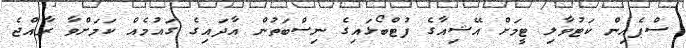
ސްޕެއިން ކަޓުވާލި ޓީމަށް އޭޝިއާގެ ފުޓްބޯޅައިގެ ނިސްބަތުން އާދައިގެ ގައުމެއް ކަމަށްވާ ރާއްޖެ